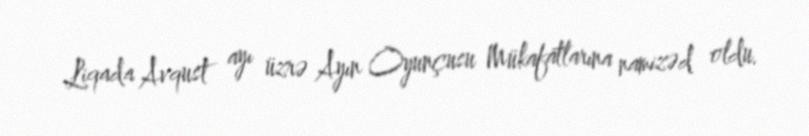
Liqada Avqust ayı üzrə Ayın Oyunçusu Mükafatlarına namizəd oldu.